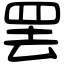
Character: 罢